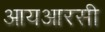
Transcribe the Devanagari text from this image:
आयआरसी